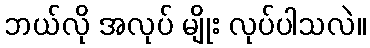
ဘယ်လို အလုပ် မျိုး လုပ်ပါသလဲ။